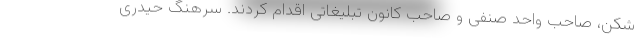
شکن، صاحب واحد صنفی و صاحب کانون تبلیغاتی اقدام کردند. سرهنگ حیدری